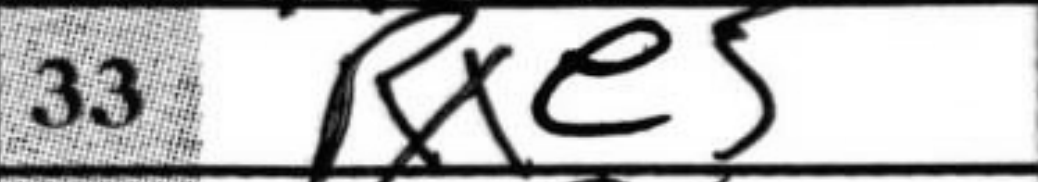
Transcription: Rxe5